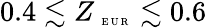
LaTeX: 0.4\lesssim Z_{\mathrm{~\tiny~E~U~R~}}\lesssim 0.6